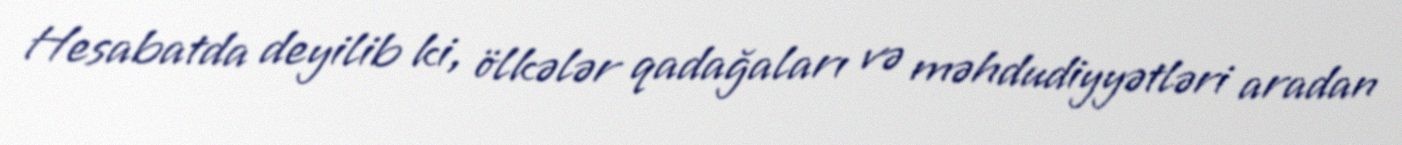
Hesabatda deyilib ki, ölkələr qadağaları və məhdudiyyətləri aradan